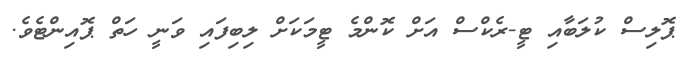
ޕޮލިސް ކުލަބާއި ޓީ-ރެކްސް އަށް ކޮންމެ ޓީމަކަށް ލިބިފައި ވަނީ ހަތް ޕޮއިންޓެވެ.